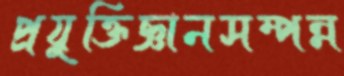
প্রযুক্তিজ্ঞানসম্পন্ন